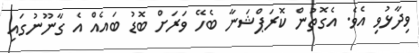
ވިދާޅުވި އެވެ. އެގޮތުން ކޮރަޕްޝަނާ ބެހޭ ވަރަށް ބޮޑު ބައެއް އެ ގާނޫނުގައި